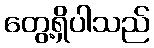
တွေ့ရှိပါသည်